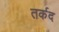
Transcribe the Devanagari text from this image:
तर्कद